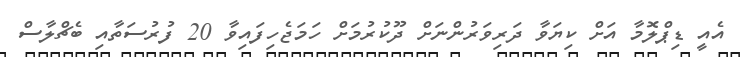
އެއީ ޑިޕްލޮމާ އަށް ކިޔަވާ ދަރިވަރުންނަށް ދޫކުރުމަށް ހަމަޖެހިފައިވާ 20 ފުރުސަތާއި ބެޗްލާސް